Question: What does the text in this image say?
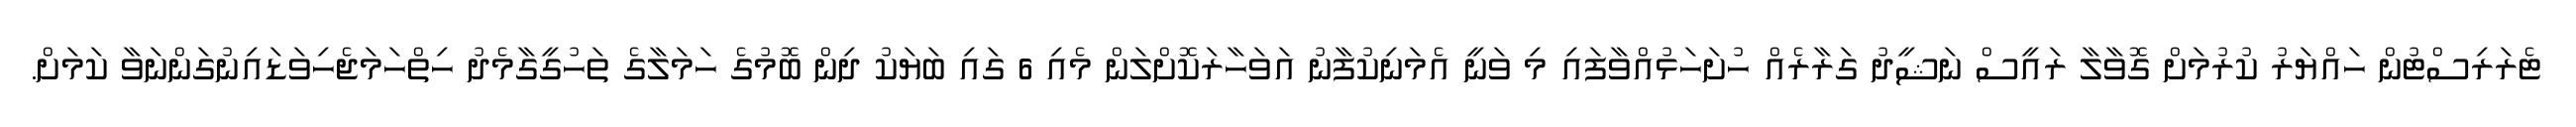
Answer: ޓެރަރިސްޓުން ހައްޔަރު ކުރުމަށް ގޮވާލާ ރައީސް ނަޝީދު ގަރާރެއް ހުށަހަޅުއްވާފައި މި ވަނީ އެމަނިކުފާނު އަވަހާރަކޮށްލަން މެއި 6 ގައި ބަޔަކު ދިން ބޮމުގެ ހަމަލާގެ ތަހުގީގާމެދު ހިތްހަމަޖެހިވަޑައިނުގަންނަވާ ކަމަށް.